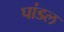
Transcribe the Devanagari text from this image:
पांडल